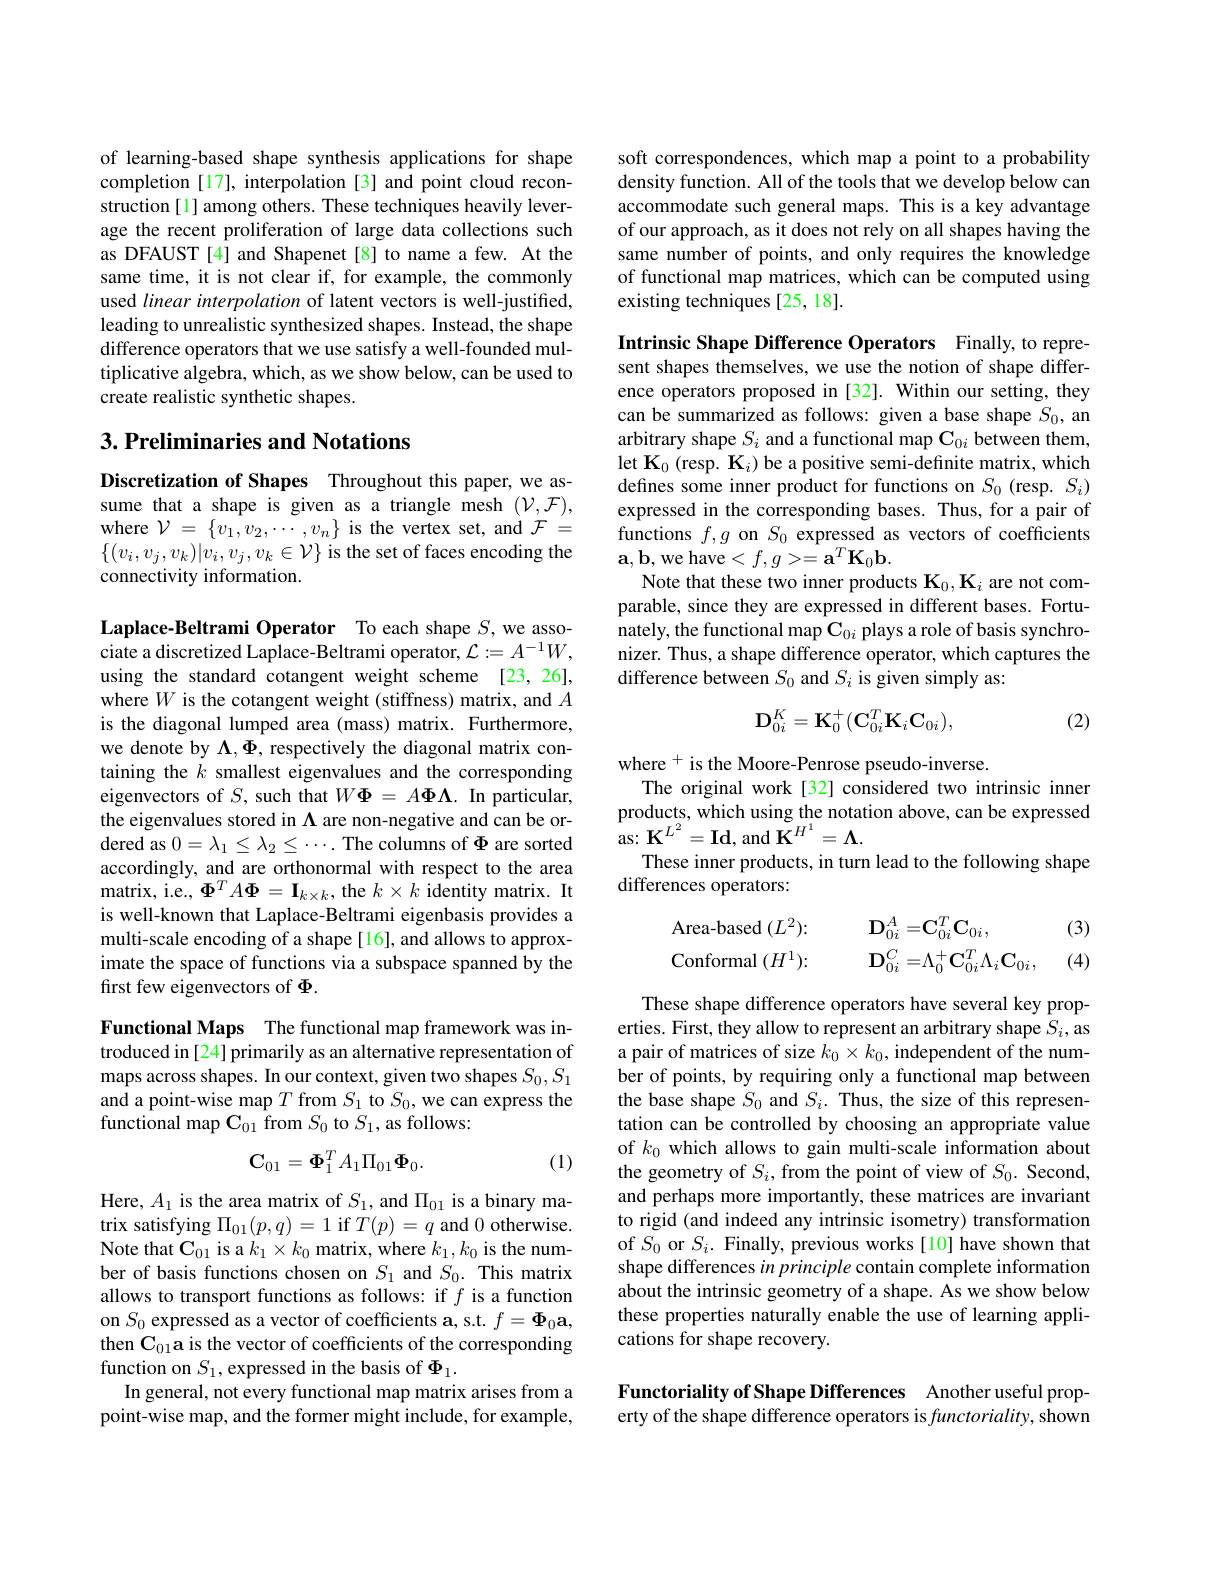
of learning-based shape synthesis applications for shape completion [17], interpolation [3] and point cloud reconstruction [1] among others. These techniques heavily leverage the recent proliferation of large data collections such as DFAUST [4] and Shapenet[8] to name a few. At the same time, it is not clear if, for example, the commonly used linear interpolation of latent vectors is well-justified, leading to unrealistic synthesized shapes. Instead, the shape difference operators that we use satisfy a well-founded multiplicative algebra, which, as we show below, can be used to create realistic synthetic shapes.

## $3. \textbf{ Preliminaries and Notations}$

Discretization of Shapes Throughout this paper, we assume that a shape is given as a triangle mesh $(\mathcal{V},\mathcal{F})$, where $\mathcal{V}=\{v_{1},v_{2},\cdots,v_{n}\}$ is the vertex set, and $\mathcal{F}=$ $\{(v_i,v_j,v_k)|\dot{v_i},v_j,v_k\in\mathcal{V}\}$ is the set of faces encoding the connectivity information.

Laplace-Beltrami Operator To each shape $S$, we associate a discretized Laplace-Beltrami operator, $\mathcal{L}:=A^{-1}W$, using the standard cotangent weight scheme [23,26], where $W$ is the cotangent weight (stiffness) matrix, and $A$ is the diagonal lumped area (mass) matrix. Furthermore, we denote by $\Lambda,\Phi$, respectively the diagonal matrix containing the $k$ smallest eigenvalues and the corresponding eigenvectors of $S$, such that $W\boldsymbol\Phi=A\boldsymbol\Phi\Lambda.$ In particular, the eigenvalues stored in $\Lambda$ are non-negative and can be ordered as $0=\lambda_{1}\leq\lambda_{2}\leq\cdots.$ The columns of $\Phi$ are sorted accordingly, and are orthonormal with respect to the area matrix, i. e. , $\Phi ^{T}A\Phi = \mathbf{I} _{k\times k}$, the $k\times k$ identity matrix. It is well-known that Laplace-Beltrami eigenbasis provides a multi-scale encoding of a shape [16], and allows to approximate the space of functions via a subspace spanned by the first few eigenvectors of $\Phi.$

Functional Maps The functional map framework was introduced in [24] primarily as an alternative representation of maps across shapes. In our context, given two shapes $S_0,S_1$ and a point-wise map $T$ from $S_1$ to $S_0$,we can express the functional map $\mathbf{C}_{01}$ from $S_0$ to $S_1$, as follows:
$$\mathbf{C}_{01}=\mathbf{\Phi}_{1}^{T}A_{1}\Pi_{01}\mathbf{\Phi}_{0}.$$
(1)

Here, $A_1$ is the area matrix of $S_1$, and $\Pi_{01}$ is a binary matrix satisfying $\Pi_{01}(p,q)=1$ if $T(p)=q$ and 0 otherwise. Note that $\mathbf{C}_{01}$ is a $k_1\times k_0$ matrix, where $k_1,k_0$ is the number of basis functions chosen on $S_1$ and $S_0.$ This matrix allows to transport functions as follows: if $f$ is a function on $S_0$ expressed as a vector of coefficients a, s.t. $f=\Phi_0\mathbf{a}$, then C$_01\textbf{a is the vector of coefficients of the corresponding}$ function on $S_1$,expressed in the basis of $\Phi_1.$
In general, not every functional map matrix arises from a point-wise map, and the former might include, for example,

soft correspondences, which map a point to a probability density function. All of the tools that we develop below can accommodate such general maps. This is a key advantage of our approach, as it does not rely on all shapes having the same number of points, and only requires the knowledge of functional map matrices, which can be computed using existing techniques [25, 18].

Intrinsic Shape Difference Operators Finally, to represent shapes themselves, we use the notion of shape difference operators proposed in [32]. Within our setting, they can be summarized as follows: given a base shape $S_0$, an arbitrary shape $S_i$ and a functional map $\mathbf{C}_{0i}$ between them, let $\mathbf{K}_0$ (resp. $\mathbf{K}_i)$ be a positive semi-definite matrix, which defines some inner product for functions on $S_0$ (resp. $S_i)$ expressed in the corresponding bases. Thus, for a pair of functions $f,g$ on $S_0$ expressed as vectors of coefficients $\mathbf{a},\mathbf{b}$,we have$<f,g>=\mathbf{a}^T\mathbf{K}_{0}\mathbf{b}.$
Note that these two inner products $\mathbf{K}_0,\mathbf{K}_i$ are not comparable, since they are expressed in different bases. Fortunately, the functional map $\mathbf{C}_0i$ plays a role of basis synchronizer. Thus, a shape difference operator, which captures the difference between $S_0$ and $S_i$ is given simply as:
$$\mathbf{D}_{0i}^K=\mathbf{K}_0^+(\mathbf{C}_{0i}^T\mathbf{K}_i\mathbf{C}_{0i}),$$
(2)

where $^{+}$ is the Moore-Penrose pseudo-inverse.
The original work[32] considered two intrinsic inner products, which using the notation above, can be expressed as: $\mathbf{K} ^{L^{2}}= \mathbf{Id}$, and $\mathbf{K}^H^{1}=\mathbf{\Lambda}.$
These inner products, in turn lead to the following shape
differences operators:

(3)
$$\begin{aligned}&\text{Area-based}(L^{2}){:}&&\mathbf{D}_{0i}^{A}=&&\mathbf{C}_{0i}^{T}\mathbf{C}_{0i},\\&\text{Conformal}(H^{1}){:}&&\mathbf{D}_{0i}^{C}=&&\Lambda_{0}^{+}\mathbf{C}_{0i}^{T}\Lambda_{i}\mathbf{C}_{0i},\end{aligned}$$
(4)

These shape difference operators have several key properties. First, they allow to represent an arbitrary shape $S_i$, as a pair of matrices of size $k_0\times k_0$, independent of the number of points, by requiring only a functional map between the base shape $S_0$ and $S_i.$ Thus, the size of this representation can be controlled by choosing an appropriate value of $k_0$ which allows to gain multi-scale information about the geometry of $S_i$, from the point of view of $S_0.$ Second, and perhaps more importantly, these matrices are invariant to rigid (and indeed any intrinsic isometry) transformation of $S_0$ or $S_i.$ Finally, previous works[10] have shown that shape differences in principle contain complete information about the intrinsic geometry of a shape. As we show below these properties naturally enable the use of learning applications for shape recovery.

Functoriality of Shape Differences Another useful property of the shape difference operators is $functoriality$, shown